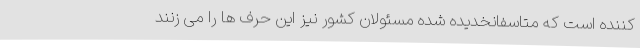
کننده است که متاسفانخدیده شده مسئولان کشور نیز این حرف ها را می زنند